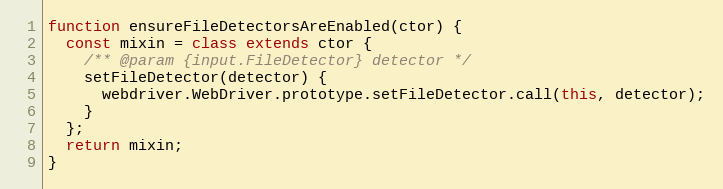
Language: JavaScript
function ensureFileDetectorsAreEnabled(ctor) {
  const mixin = class extends ctor {
    /** @param {input.FileDetector} detector */
    setFileDetector(detector) {
      webdriver.WebDriver.prototype.setFileDetector.call(this, detector);
    }
  };
  return mixin;
}